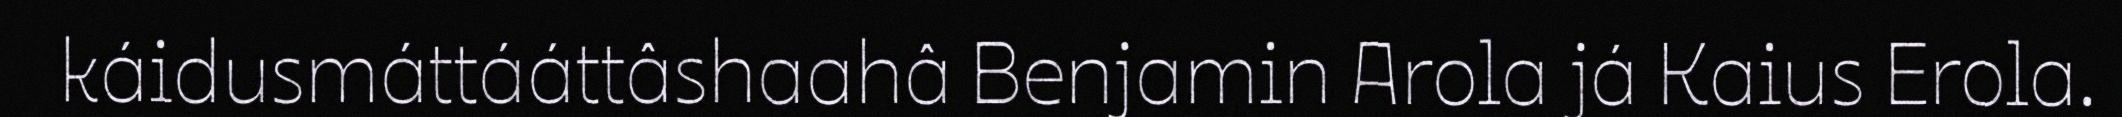
káidusmáttááttâshaahâ Benjamin Arola já Kaius Erola.